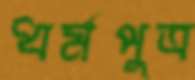
ধর্মপুত্র